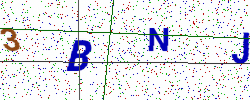
Text: 3BNJ